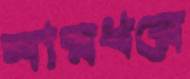
মারধরে